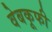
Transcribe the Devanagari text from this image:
वेबकूफी